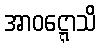
အာဝဋ္ဋောသိ